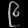
Digit: ၉